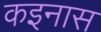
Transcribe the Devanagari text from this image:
कइनास